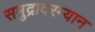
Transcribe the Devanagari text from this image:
समुद्रादरम्यान